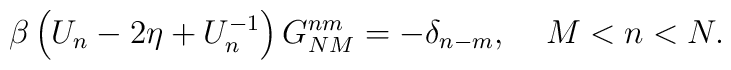
\beta \left( U_n-2\eta +U_n^{-1}\right) G_{NM}^{nm}=-\delta_{n-m},\;\;\;\;M<n<N.